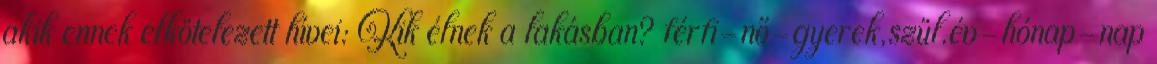
akik ennek elkötelezett hívei: Kik élnek a lakásban? férfi-nő-gyerek,szül.év-hónap-nap